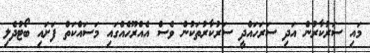
މައި ސަރުކާރުން އަދި ސަރަހައްދީ ސަރުކާރުތަކުން ވެސް އެއްރޫހެއްގައި މަސައްކަތް ފަށައި ބޯޓުދެލި